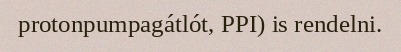
protonpumpagátlót, PPI) is rendelni.